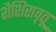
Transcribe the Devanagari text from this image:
शैशिरावृतू